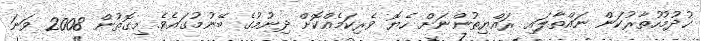
ޚުދުމުހުތާރުކަން ނައްތާލައި ރައްޔިތުންނަށް ހެޔޮ ވެރިކަމެއްކޮށް ދިނުމުގެ ބޭނުމުގައެވެ. މިގޮތުން 2008 ވަނަ